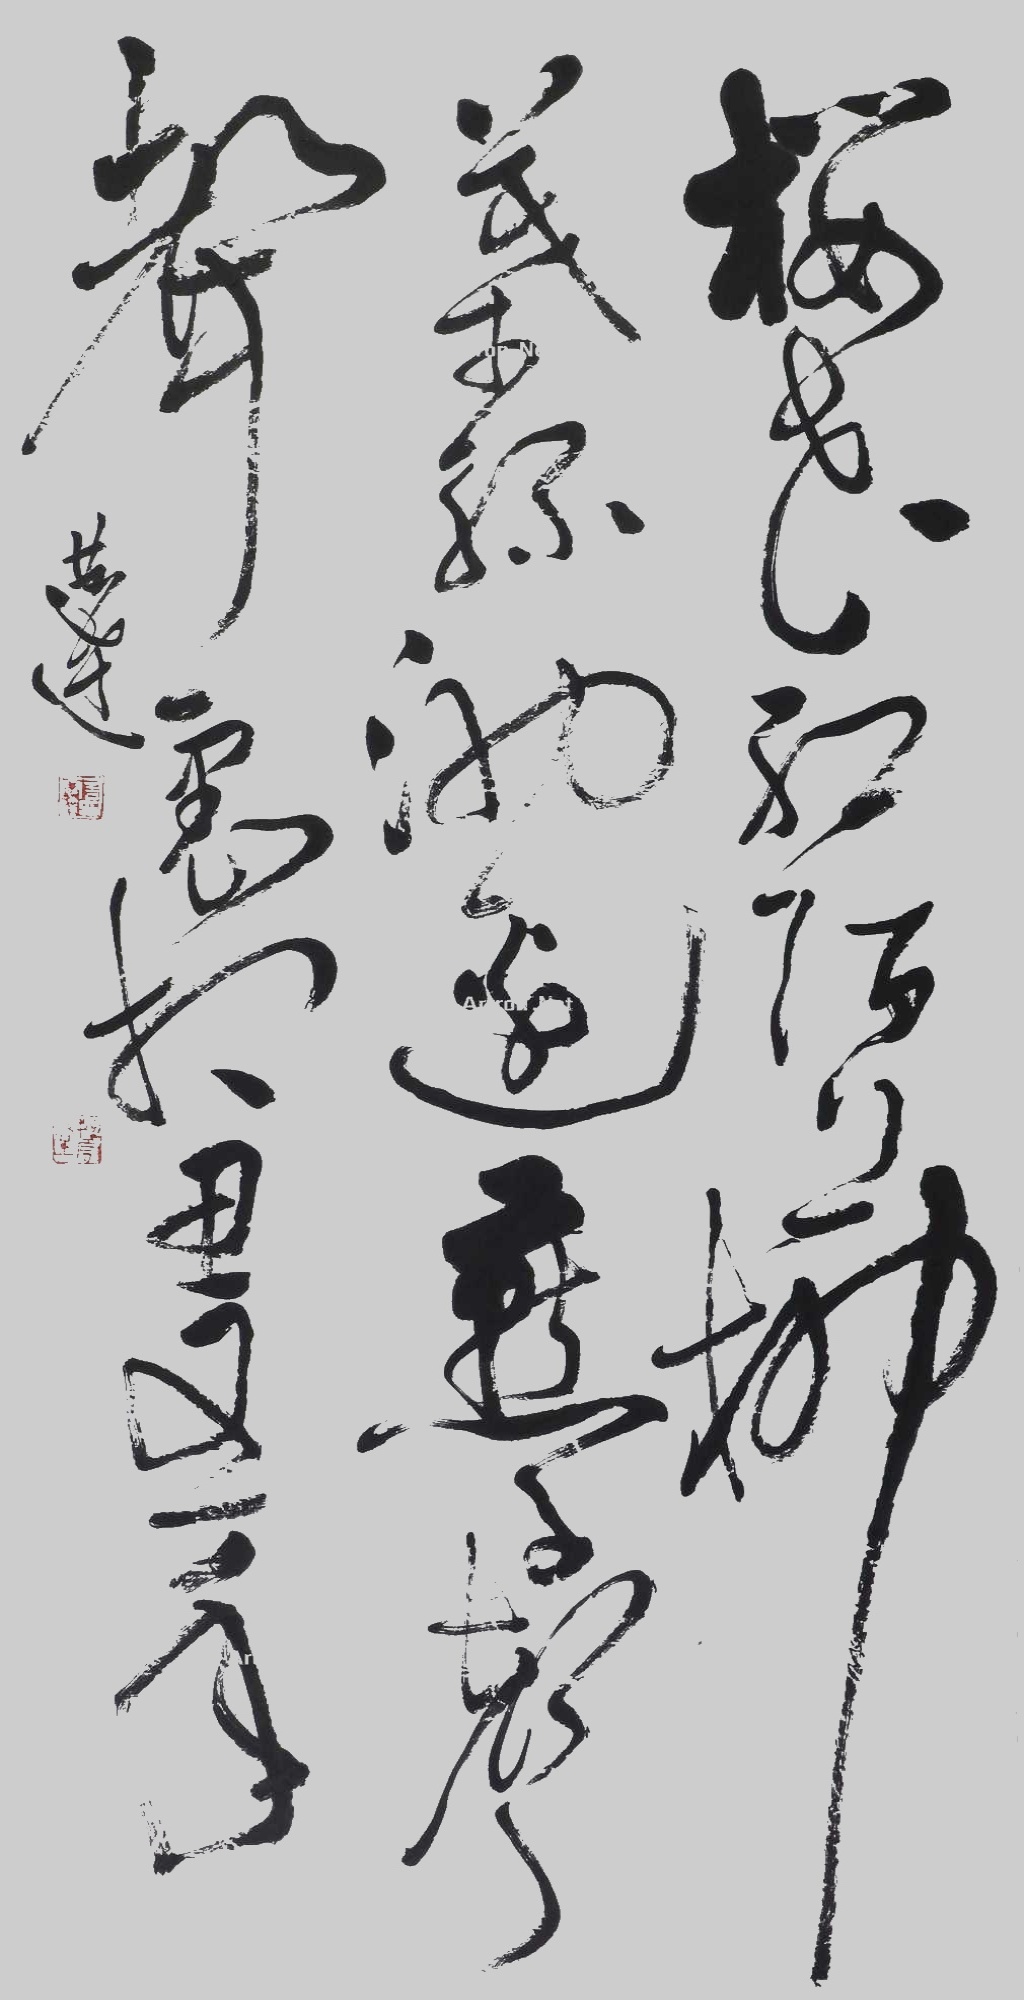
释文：樱花红陌上，柳叶绿池边。燕子声声里，相思又一年